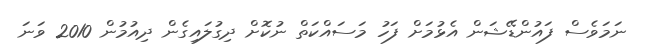
ނަމަވެސް ފައުންޑޭޝަން އެޅުމަށް ފަހު މަސައްކަތް ނުކޮށް ދިގުލައިގެން ދިއުމުން 2010 ވަނަ